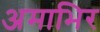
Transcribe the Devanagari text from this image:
अमाभिर